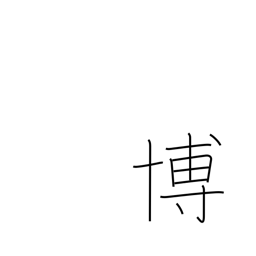
Meaning: win acclaim